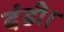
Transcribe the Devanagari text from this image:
दंडी।